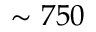
\sim 7 5 0